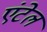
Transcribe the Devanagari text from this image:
एंटेल